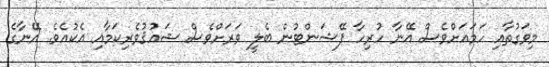
މިވަގުތާއި ހަމައަށްވެސް އޭނާ ހުރިހާ ޕޭޝަންޓުން ބެލީ ވަރަށްވެސް ޝައުޤުވެރިކަމާއި އެކުއެވެ. އޭނާގެ